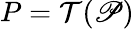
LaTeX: P=\mathcal T(\mathscr P)